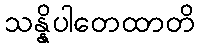
သန္နိပါတေထာတိ